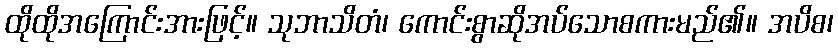
ထိုထိုအကြောင်းအားဖြင့်။ သုဘာသိတံ၊ ကောင်းစွာဆိုအပ်သောစကားမည်၏။ အပိစ၊